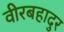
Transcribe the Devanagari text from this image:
वीरबहादुर